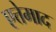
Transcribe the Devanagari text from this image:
एत्तेमाद